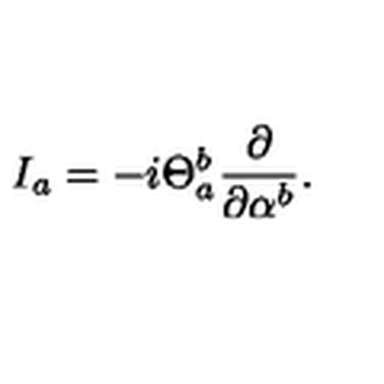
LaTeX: I _ { a } = - i \Theta _ { a } ^ { b } \frac { \partial } { \partial \alpha ^ { b } } .